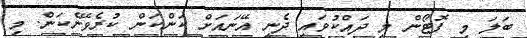
ބަލަ މި ފޮޓޯން މި ދައްކުވައި ދެނީ އޭނައަށް ކަންކަން ކުރެވޭނެކަން. މި